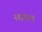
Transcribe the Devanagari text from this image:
संज्ञात